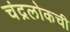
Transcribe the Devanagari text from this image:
चंद्रलोकची